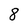
Character: 8